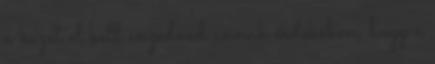
a kezét el kell engedned annak érdekében, hogy a